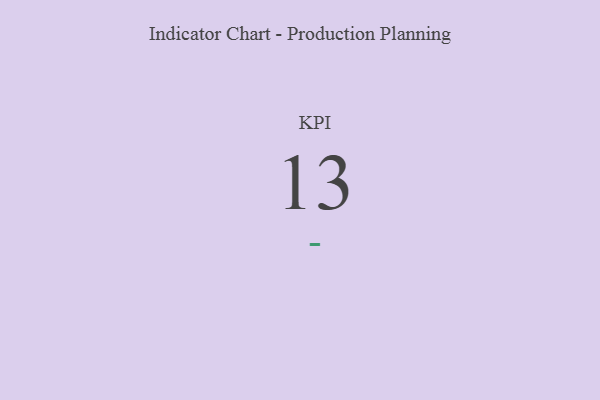
{"axis": {"x": "KPI", "y": "Value"}, "legend": [""], "data": [{"x": "KPI", "y": 13, "type": ""}]}